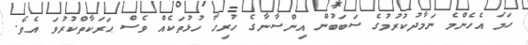
ހަމަ އެހެންމެ ނަމާދުކުރުމުގެ ސަބަބުން އިންސާނާގެ ހުރިހާ ހުޅުތަކެއް ވެސް ޙަރަކާތްކުރުވަ އެވެ.